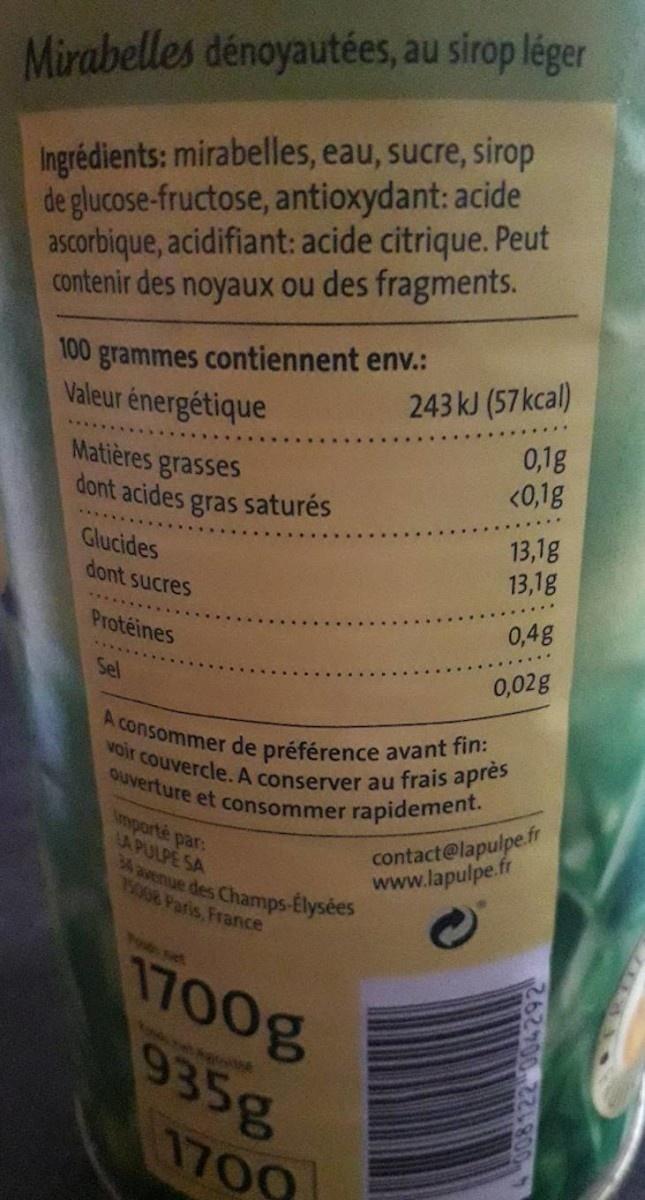
Mirabelles dénoyautées, au sirop léger
Ingrédients: mirabelles, eau, sucre, sirop de glucose-fructose, antioxydant: acide ascorbique, acidifiant: acide citrique. Peut contenir des noyaux ou des fragments.
243kJ (57kcal) 0,1g <0,1g
100
grammes contiennent env.:
Valeur énergétique
Matières grasses dont acides gras saturés
13,1g 13,1g
Glucides
dont sucres
0,4g
Protéines
0,02g
Sel
A consommer de préférence avant fin: voir couvercle. A conserver au frais après ouverture et consommer rapidement.
Importé par: LA PULPE SA Aavenue des Champs-Elysées
contact@lapulpe.fr www.lapulpe.fr
75008 Paris, France
1700g 935g
1700